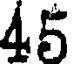
45